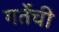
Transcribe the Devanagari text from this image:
गर्तेची